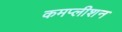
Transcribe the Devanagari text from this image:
कमप्लीशन